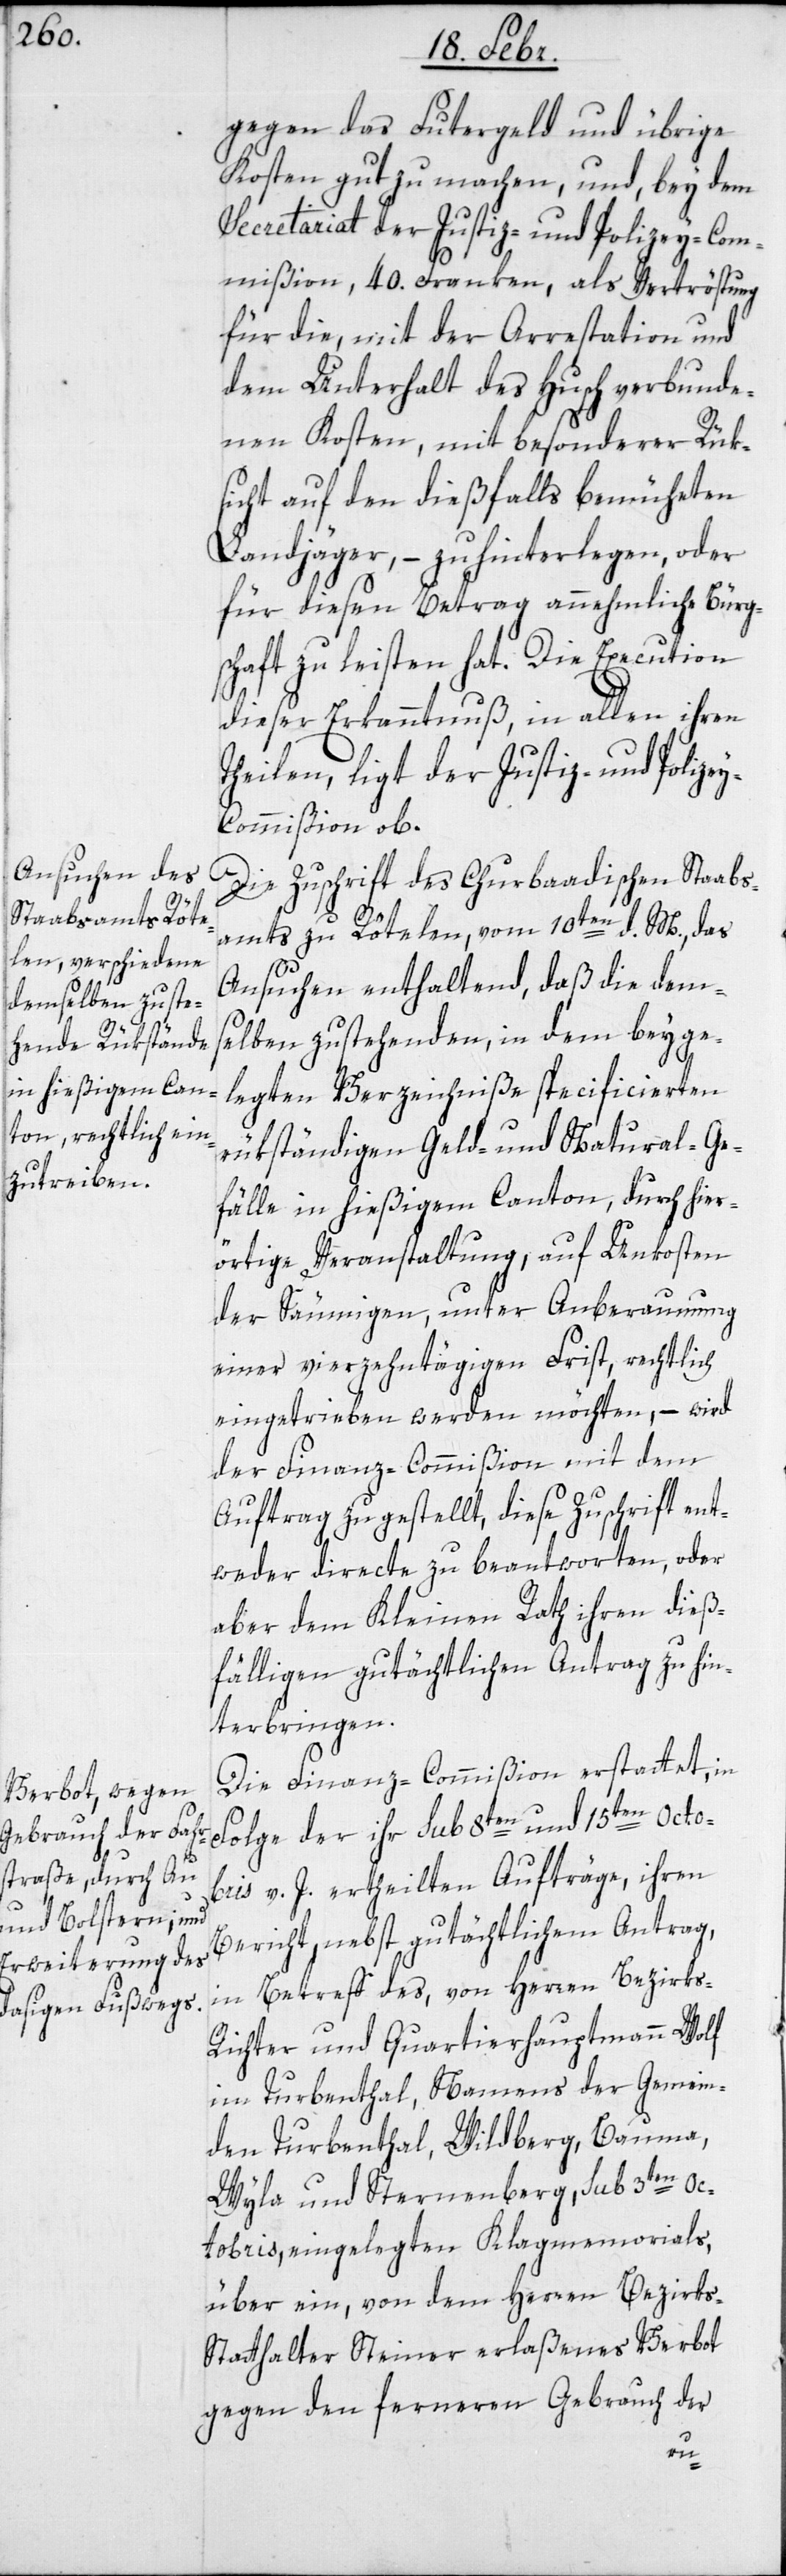
gegen das Futtergeld und übrige
Kosten gut zu machen, und bey dem
Secretariat der Justiz- und Polizey-Com¬
mißion, 40. Franken, als Vertröstung
für die, mit der Arrestation und
dem Unterhalt des Husch verbunde¬
nen Kosten, mit besonderer Rük¬
sicht auf den dießfalls bemüheten
Landjäger, – zu hinterlegen, oder
für diesen Betrag annehmliche Bürg¬
schaft zu leisten hat. Die Execution
dieser Erkanntnuß in allen ihren
Theilen, ligt der Justiz- und Polize¬
y-Commißion ob.
Die Zuschrift des Churbaadischen Staabs¬
amts zu Rötelen, vom 10ten d. M., das
Ansuchen enthaltend, daß die dem¬
selben zustehenden, in dem beyge¬
legten Verzeichniße specificierten
rükständigen Geld- und Natural-Ge¬
fälle in hießigem Canton, durch hier¬
örtige Veranstaltung, auf Unkosten
der Säumigen, unter Anberaumung
einer vierzehntägigen Frist, rechtlich
eingetrieben werden möchten, – wird
der Finanz-Commißion mit dem
Auftrag zugestellt, diese Zuschrift ent¬
weder directe zu beantworten, oder
aber dem Kleinen Rath ihren dieß¬
fälligen gutächtlichen Antrag zu hin¬
terbringen.
Die Finanz-Commißion erstattet, in
Folge der ihr sub 8ten und 15ten Octob¬
ris v. J. ertheilten Aufträge, ihren
Bericht, nebst gutächtlichem Antrag,
in Betreff des, von Herren Bezirks-R¬
ichter und Quartierhauptmann Wolf
im Turbenthal, Namens der Gemein¬
den Turbenthal, Wildberg, Bauma,
Wila und Sternenberg, sub 3ten Oc¬
tobris, eingelegten Klagmemorials,
über ein, von dem Herren Bezirk¬
s-Statthalter Steiner erlaßenes Verbot
gegen den ferneren Gebrauch der